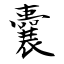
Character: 囊